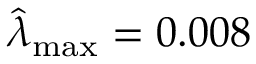
\widehat { \lambda } _ { \mathrm { m a x } } = 0 . 0 0 8